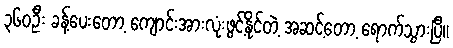
၃၆၀ဦး ခန့်ပေးတော့ ကျောင်းအားလုံးဖွင့်နိုင်တဲ့ အဆင့်တော့ ရောက်သွားပြီ။